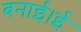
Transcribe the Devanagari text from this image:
बनाई।ई